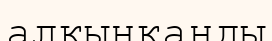
алқынқанды